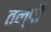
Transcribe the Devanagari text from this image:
तल्पों